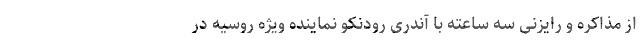
از مذاکره و رایزنی سه ساعته با آندری رودنکو نماینده ویژه روسیه در